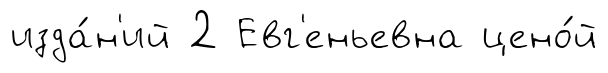
изда́н'ий 2 Евг'еньевна цено́й